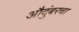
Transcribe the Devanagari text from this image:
औदुंबरचा